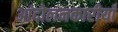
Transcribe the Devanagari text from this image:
आंदोलनकारीयाँ